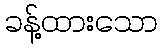
ခန့်ထားသော